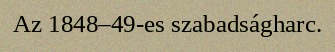
Az 1848–49-es szabadságharc.